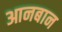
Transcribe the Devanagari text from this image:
आनबान